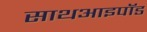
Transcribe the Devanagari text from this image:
साथआइपॉड